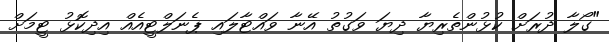
"ގޯލާ ދުރަށް ކުޅުންތެރިޔާ ދިޔަ ވަގުތު އޭނާ ވައްޓާލައި ޕެނަލްޓީއެއް އިދިކޮޅު ޓީމަށް